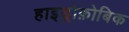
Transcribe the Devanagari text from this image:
हाइड्रोफ़ोबिक